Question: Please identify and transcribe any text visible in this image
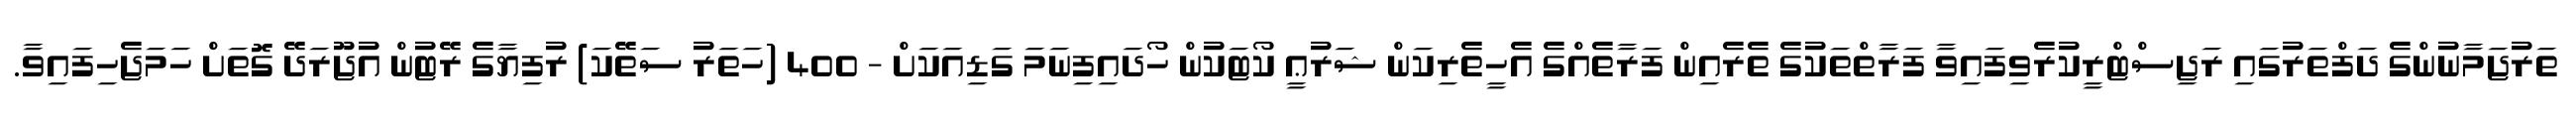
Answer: ތަރުޖަމާނުންގެ ދަފްތަރުގައި ރަޖިސްޓްރީކުރެވިފައިވާ ފަރާތްތަކުގެ ތެރެއިން ފަރާތެއްގެ އެހީތެރިކަން ޝަރުޢީ ކޯޓަކުން ހޯދައިފިނަމަ ގަޑިއަކަށް - 400 (ހަތަރު ސަތޭކަ) ރުފިޔާގެ ރޭޓުން އުޖޫރަދޭ ގޮތަށް ހަމަޖެހިފައިވާ.